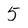
Character: 5